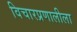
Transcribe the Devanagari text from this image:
विचारप्रणालीला